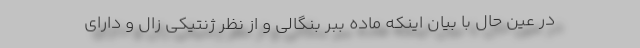
در عین حال با بیان اینکه ماده ببر بنگالی و از نظر ژنتیکی زال و دارای